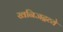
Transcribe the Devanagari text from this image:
खनिजद्रव्ये